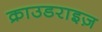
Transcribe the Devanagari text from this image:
क्राउडराइज़